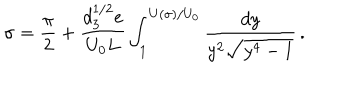
\sigma = { \frac { \pi } { 2 } } + \frac { d _ { 3 } ^ { 1 / 2 } e } { U _ { 0 } L } \int _ { 1 } ^ { U ( \sigma ) / U _ { 0 } } \frac { d y } { y ^ { 2 } \sqrt { y ^ { 4 } - 1 } } \, .